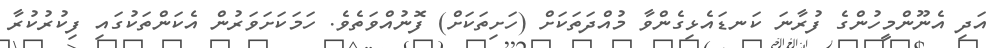
އަދި އެނޫންމީހުންގެ ފުރާނަ ކަނޑައެޅިގެންވާ މުއްދަތަކަށް (ހަށިތަކަށް) ފޮނުއްވަތެވެ. ހަމަކަށަވަރުން އެކަންތަކުގައި ފިކުރުކުރާ